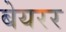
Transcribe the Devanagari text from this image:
बेयरर